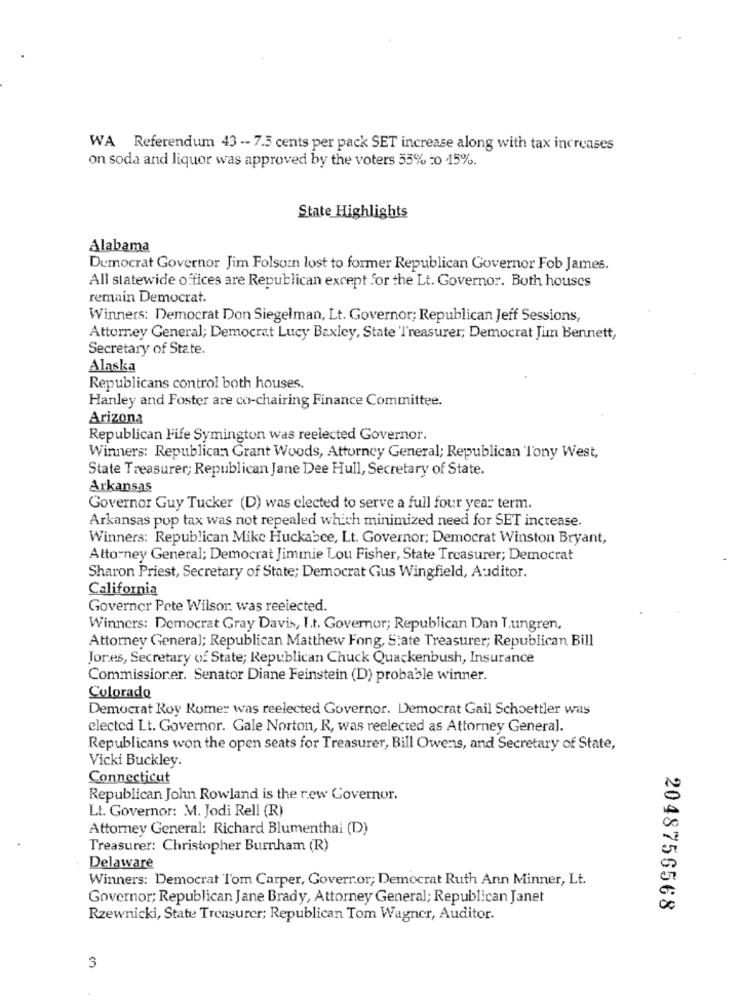
WA Referendum 43 -- 7.5 cents per pack SET increase along with tax increases
on soda and liquor was approved by the voters 55% to 15%.
State Highlights
Alabama
Democrat Governor Jim Folsom lost to former Republican Governor Fob James.
All statewide offices are Republican except for the Lt. Governor. Both houses
remain Democrat.
Winners: Democrat Don Siegelman, Lt. Governor; Republican Jeff Sessions,
Attorney General; Democrat Lucy Baxley, State 'Treasurer; Democrat Jim bennett,
Secretary of State.
Alaska
Republicans control both houses.
Hanley and Foster are co-chairing Finance Committee.
Arizona
Republican Fife Symington was reelected Governor.
Winners: Republican Grant Woods, Attorney General; Republican Tony West,
State Treasurer; Republican Jane Dee Hull, Secretary of State.
Arkansas
Governor Guy Tucker (D) was elected to serve a full four year term.
Arkansas pop tax was not repealed which minimized need for SET increase.
Winners: Republican Mike Huckabee, Lt. Governor; Democrat Winston Bryant,
Attorney General; Democrat Jimmie Lou Fisher, State Treasurer; Democrat
Sharon Priest, Secretary of State; Democrat Gus Wingfield, Auditor.
California
Governor Pete Wilson: was reelected.
Winners: Democrat Gray Davis, I.t. Governor; Republican Dan Lungren,
Attorney General; Republican Matthew Fong, State Treasurer; Republican Bill
Jor.es, Secretary of State; Republican Chuck Quackenbush, Insurance
Commissioner. Senator Diane Feinstein (D) probable winner.
Colorado
Democrat Roy Komer was reelected Governor. Democrat Gail Schoettler was
elected Lt. Governor. Gale Norton, R, was reelected as Attorney General.
Republicans won the open seats for Treasurer, Bill Owens, and Secretary of State,
Vicki Buckley.
Connecticut
Republican John Rowland is the rew Governor.
Lt. Governor: M. Jodi Rell (R)
Attorney General: Richard Blumenthal (D)
Treasurer: Christopher Burnham (R)
Delaware
Winners: Democrat Tom Carper, Goverror; Democrat Ruth Ann Minner, Lt.
Governor; Republican Jane Brady, Attorney General; Republican Janet
2048756568
Rzewnicki, State Treasurer; Republican Tom Wagner, Auditor.
3